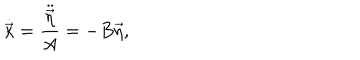
\dot { \vec { \kappa } } = \frac { \ddot { \vec { \eta } } } { A } = - B \vec { \eta } ,